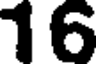
16